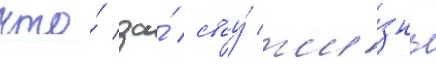
что́ за́ своу́ жи́знь